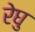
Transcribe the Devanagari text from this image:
रेघु